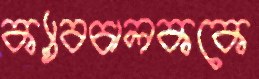
ক্যাবচালককে